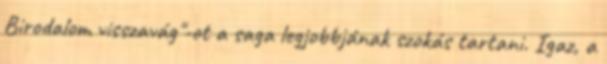
Birodalom visszavág"-ot a saga legjobbjának szokás tartani. Igaz, a